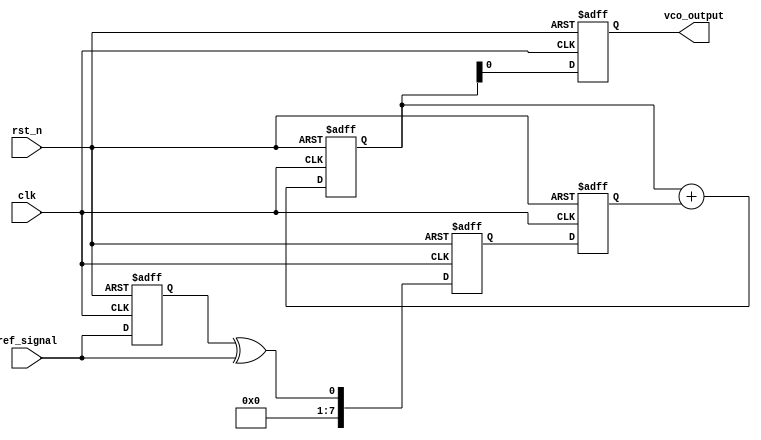
module memory_blocks_dpll (
    input wire clk,              // System clock
    input wire rst_n,            // Active-low reset
    input wire ref_signal,       // Reference signal input
    output reg vco_output        // VCO output signal
);

// Parameter definitions for loop filter and VCO
parameter PHASE_ERROR_WIDTH = 8;
parameter FILTER_SIZE = 4;    // Size of memory blocks for filter coefficients

// Phase Detector
reg [PHASE_ERROR_WIDTH-1:0] phase_error;  // Phase error signal
reg ref_signal_d;                         // Delayed reference signal
always @(posedge clk or negedge rst_n) begin
    if (!rst_n) begin
        phase_error <= 0;
        ref_signal_d <= 0;
    end else begin
        ref_signal_d <= ref_signal; // Store previous value of reference signal
        phase_error <= ref_signal_d ^ ref_signal; // XOR for phase detection
    end
end

// Loop Filter using Memory Blocks (Finite Impulse Response - FIR filter)
reg [PHASE_ERROR_WIDTH-1:0] filter_memory [0:FILTER_SIZE-1]; // Memory block for FIR coefficients
reg [PHASE_ERROR_WIDTH-1:0] loop_filter_output;
integer i;

always @(posedge clk or negedge rst_n) begin
    if (!rst_n) begin
        loop_filter_output <= 0;
        // Initialize memory blocks to zero
        for (i = 0; i < FILTER_SIZE; i = i + 1) begin
            filter_memory[i] <= 0;
        end
    end else begin
        // Shift memory blocks and store new phase error
        loop_filter_output <= 0; // Reset output to zero
        for (i = FILTER_SIZE - 1; i > 0; i = i - 1) begin
            filter_memory[i] <= filter_memory[i-1]; // Shift
            loop_filter_output <= loop_filter_output + filter_memory[i]; // Accumulate
        end
        filter_memory[0] <= phase_error; // Store the latest phase error
        loop_filter_output <= loop_filter_output + filter_memory[0]; // Add new sample
    end
end

// Voltage-Controlled Oscillator (VCO)
always @(posedge clk or negedge rst_n) begin
    if (!rst_n) begin
        vco_output <= 0;
    end else begin
        vco_output <= loop_filter_output; // Adjust VCO output based on filter output
    end
end

endmodule